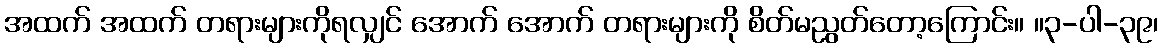
အထက် အထက် တရားများကိုရလျှင် အောက် အောက် တရားများကို စိတ်မညွတ်တော့ကြောင်း။ ။၃-ပါ-၃၉၊